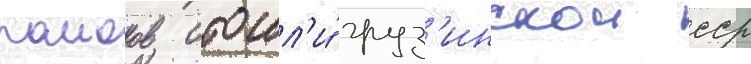
раионов отошл'и́ груз'инскои сср